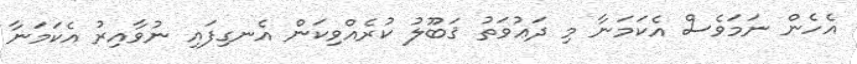
އެހެން ނަމަވެސް އެކަމަނާ މި ދަޢުވަތު ޤަބޫލު ކުރެއްވިކަން އެނގިފައި ނުވާއިރު އެކަމަނާ